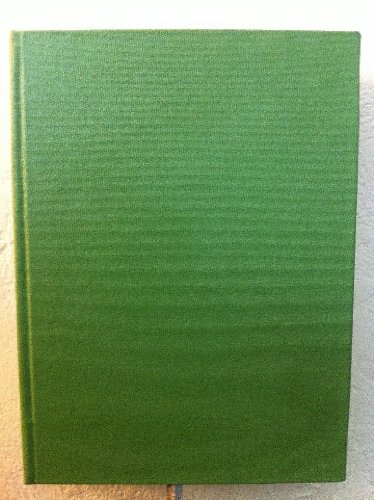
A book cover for The Successful Dental Practice in Good Times and Bad; Morton M. Ehudin; Medical Books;